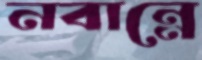
নবান্নে